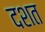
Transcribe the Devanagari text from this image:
दशत